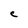
Character: C